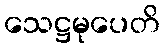
သေဋ္ဌမုပေတိ